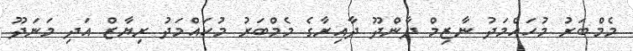
މެމްބަރު މުހައްމަދު ނާޒިމް ދާންދޫ ދާއިރާގެ މެމްބަރު މުހައްމަދު ރިޔާޒް އަދި މަނަދޫ